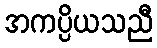
အကပ္ပိယသညီ